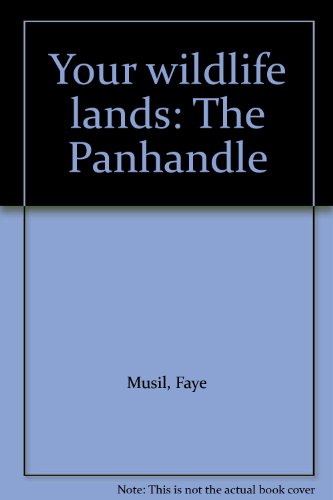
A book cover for Your wildlife lands: The Panhandle; Faye Musil; Travel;